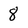
Character: 8